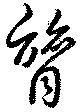
膂